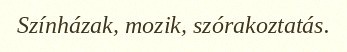
Színházak, mozik, szórakoztatás.